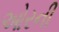
ઓરની